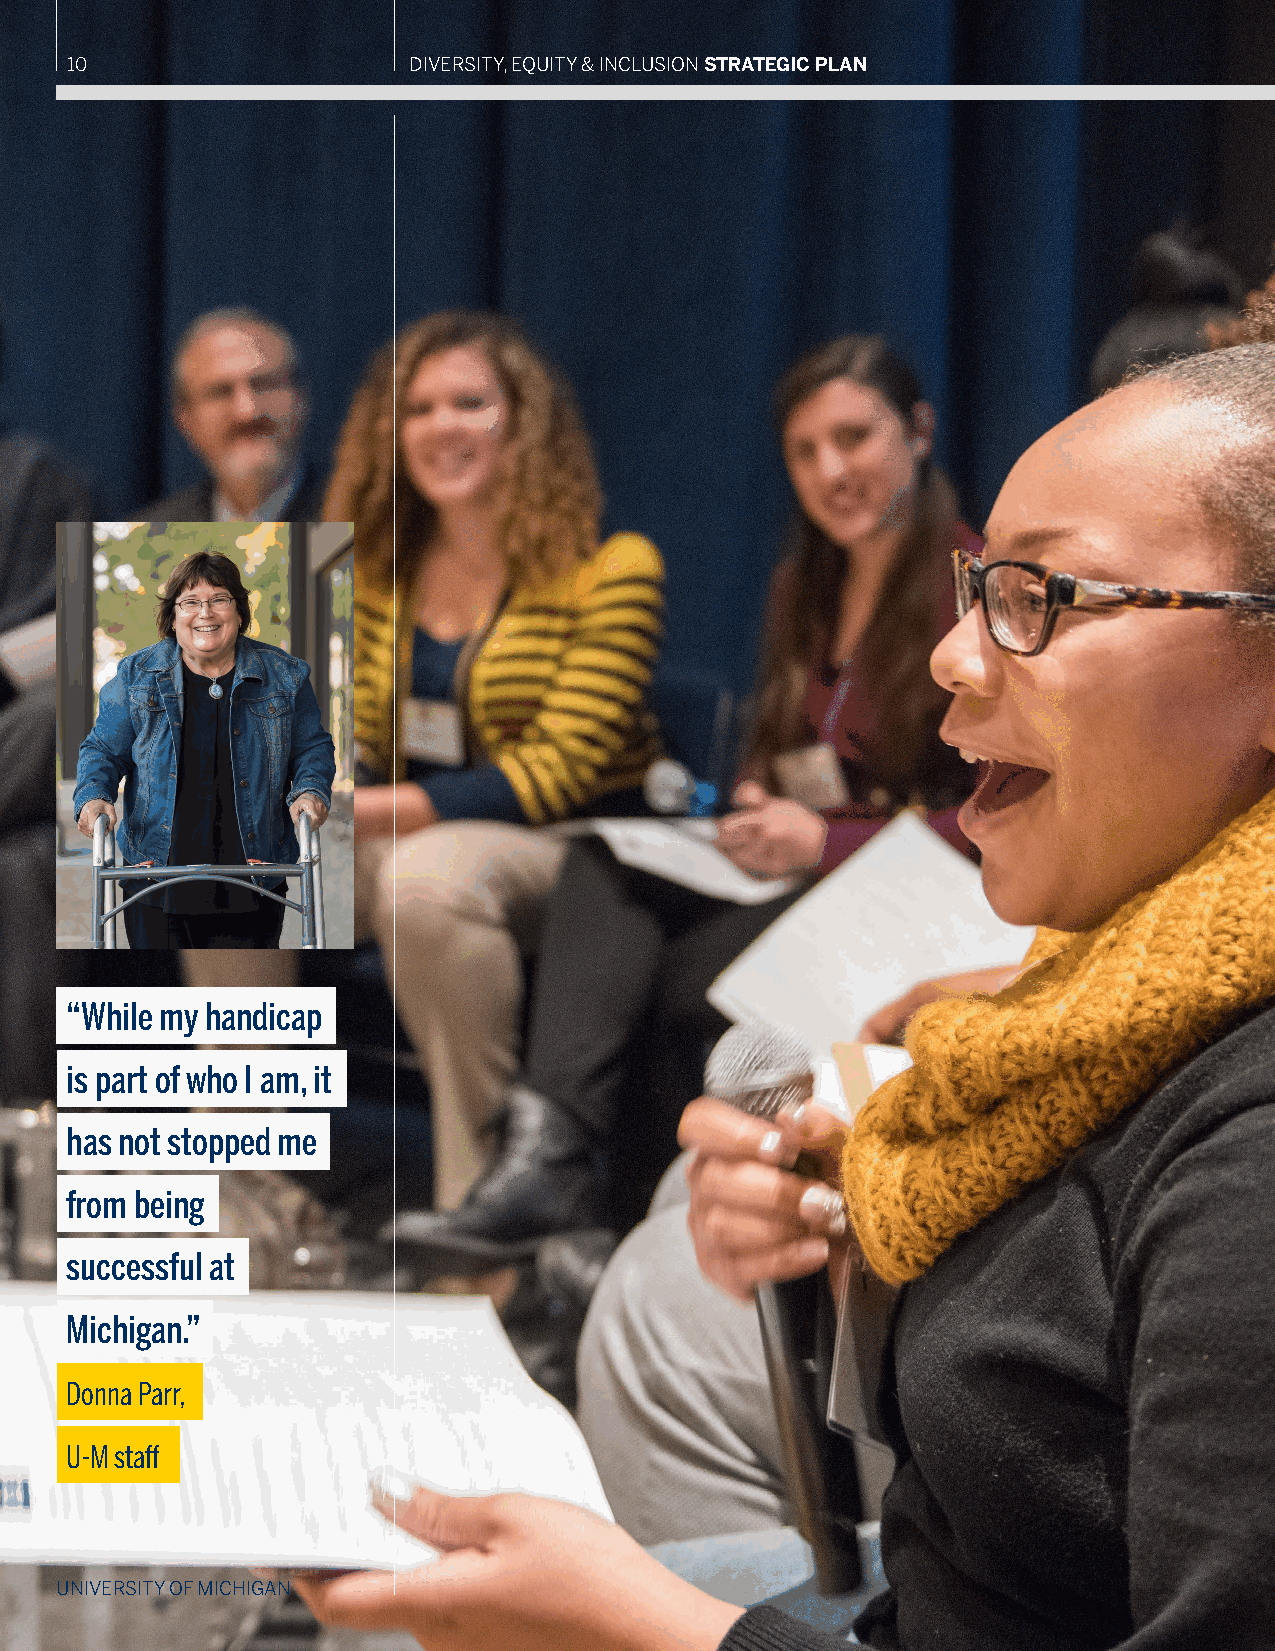
10                     DIVERSITY, EQUITY & INCLUSION STRATEGIC PLAN
 “While my handicap
 is part of who I am, it
 has not stopped me
 from being
 successful at
 Michigan.”
 Donna Parr,
 U-M staff
 UNIVERSITY OF MICHIGAN